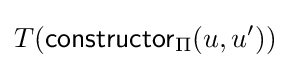
T({\mathsf {constructor}}_{\Pi }(u,u'))